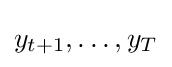
y_{t+1},\ldots ,y_{T}